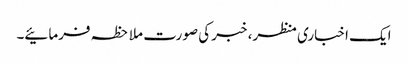
ایک اخباری منظر، خبر کی صورت ملاحظہ فرمائیے۔